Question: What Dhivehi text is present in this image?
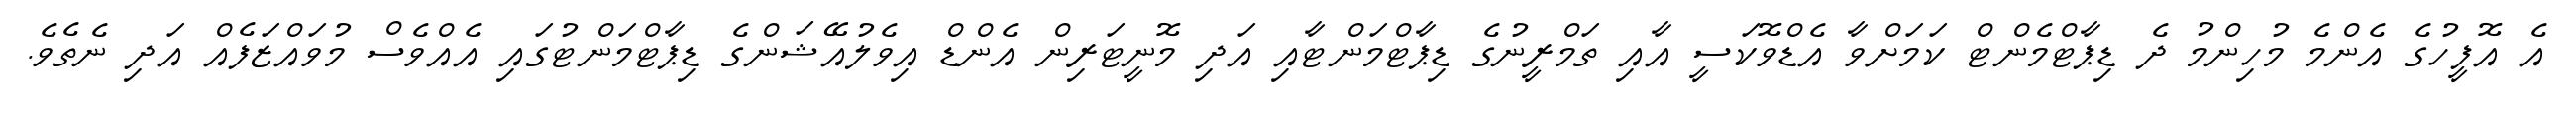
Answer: އެ އޮފީހުގެ އެންމެ މުހިންމު ދެ ޑިޕާޓްމެންޓް ކަމަށްވާ އެޑްވޮކަސީ އާއި ތަމްރީނުގެ ޑިޕާޓްމަންޓާއި އަދި މޮނީޓަރިން އެންޑް އިވެލުއޭޝަންގެ ޑިޕާޓްމަންޓުގައި އެއްވެސް މުވައްޒަފެއް އަދި ނެތެވެ.